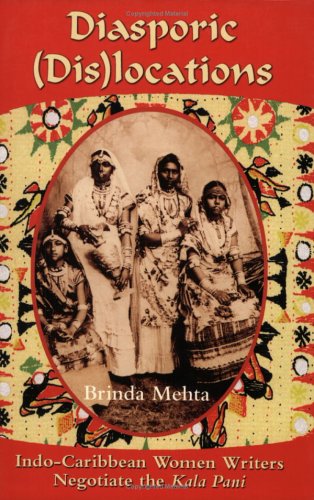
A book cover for Diasporic Dis(locations): Indo-Caribbean Women Writers Negotiate the "Kala Pani"; Brinda J. Mehta; Literature & Fiction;